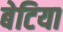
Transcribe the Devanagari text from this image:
बेटिया